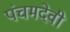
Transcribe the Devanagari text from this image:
पंचमदेवी